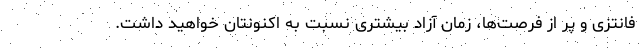
فانتزی و پر از فرصت‌ها، زمان آزاد بیشتری نسبت به اکنونتان خواهید داشت.